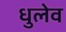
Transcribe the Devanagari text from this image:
धुलेव